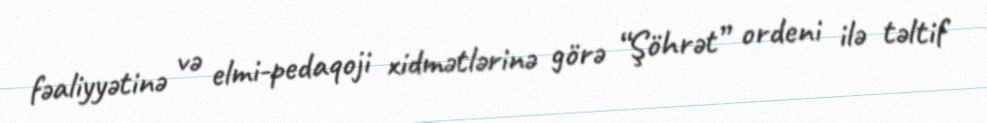
fəaliyyətinə və elmi-pedaqoji xidmətlərinə görə “Şöhrət” ordeni ilə təltif